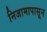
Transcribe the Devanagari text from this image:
निजामापासून